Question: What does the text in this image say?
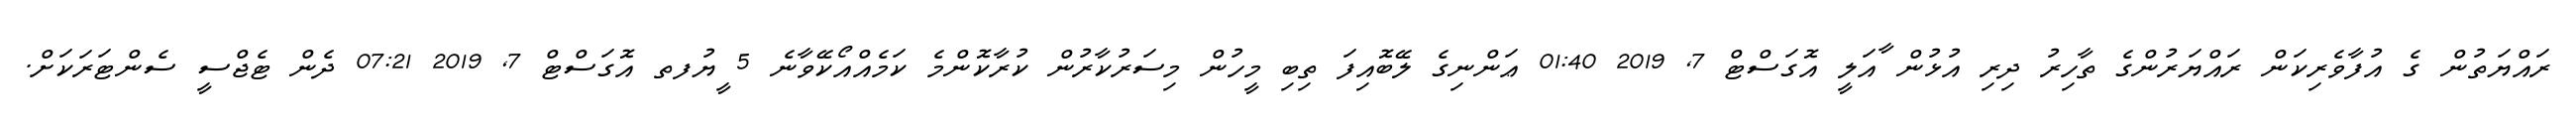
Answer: ރައްޔަތުން ގެ އުފާވެރިކަން ރައްޔަރުންގެ ތާހިރު ދިރި އުޅުން ާއަލީ އޮގަސްޓް 7, 2019 01:40 ޢަންނިގެ ލޭބޮއިފަ ތިބި މީހުން މިސަރުކާރުން ކުރާކޮންމެ ކަމެއްއޯކޭވާނެ 5 ީޔުފތ އޮގަސްޓް 7, 2019 07:21 ދެން ޓެޖްސީ ސެންޓަރަކަށް.